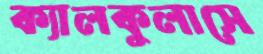
ক্যালকুলাসে